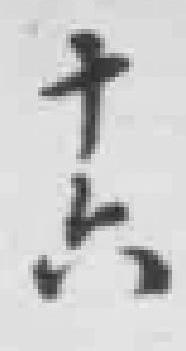
十六